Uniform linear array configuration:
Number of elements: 64
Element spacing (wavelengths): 1
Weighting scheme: uniform
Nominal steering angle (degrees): -60
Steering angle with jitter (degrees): -59.576
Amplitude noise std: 0.05
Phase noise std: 0.05

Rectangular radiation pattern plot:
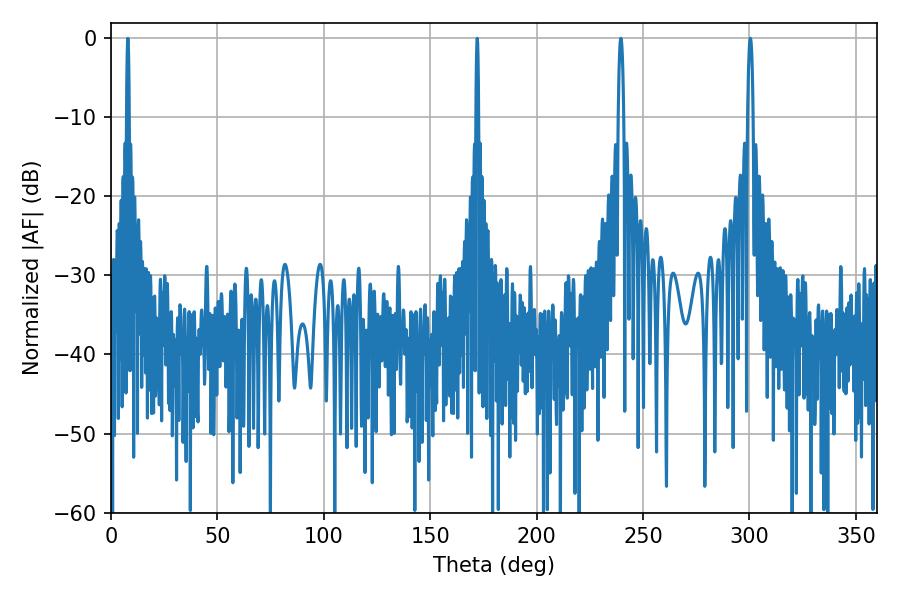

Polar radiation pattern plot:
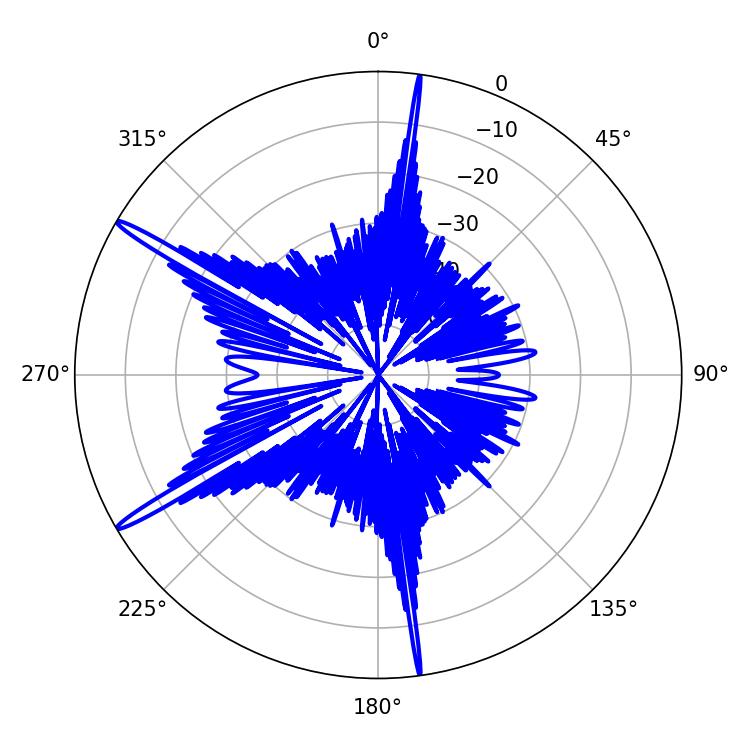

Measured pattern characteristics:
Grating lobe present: TRUE
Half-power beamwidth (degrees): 1.44
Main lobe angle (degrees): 300.42